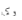
وكما